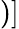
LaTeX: )]